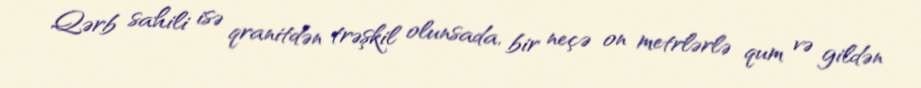
Qərb sahili isə qranitdən trəşkil olunsada, bir neçə on metrlərlə qum və gildən